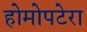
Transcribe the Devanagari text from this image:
होमोपटेरा